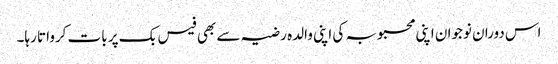
اس دوران نوجوان اپنی محبوبہ کی اپنی والدہ رضیہ سے بھی فیس بک پر بات کرواتا رہا۔